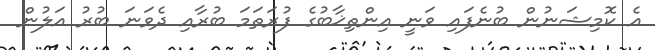
އެ ކޮމިޝަނުން ބުނެފައި ވަނީ އިންތިޚާބުގެ ފުރަތަމަ ބުރާއި ދެވަނަ ބުރު އަލުން